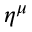
\eta ^ { \mu }